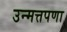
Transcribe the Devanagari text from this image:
उन्मत्तपणा